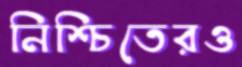
নিশ্চিতেরও